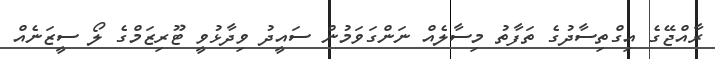
ރާއްޖޭގެ އިގްތިސާދުގެ ތަފާތު މިސާލެއް ނަންގަވަމުން ސައީދު ވިދާޅުވީ ޓޫރިޒަމްގެ ލޯ ސީޒަނެއް